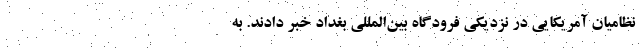
نظامیان آمریکایی در نزدیکی فرودگاه بین‌المللی بغداد خبر دادند. به